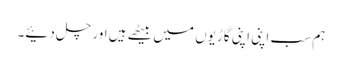
ہم سب اپنی اپنی گاڑیوں میں بیٹھے ہیں اور چل دئیے۔